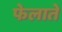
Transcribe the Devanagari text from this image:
फेलाते